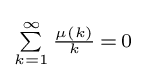
\scriptstyle \sum \limits _{k=1}^{\infty }{\frac {\mu (k)}{k}}\,=\,0